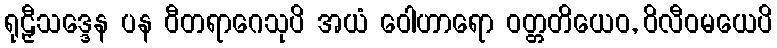
ရုဠှီသဒ္ဒေန ပန ဝီတရာဂေသုပိ အယံ ဝေါဟာရော ဝတ္တတိယေဝ, ဝိလီဝမယေပိ